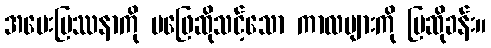
အမေးပြဿနာကို မဖြေဆိုသင့်သော ကာလများကို ပြဆိုခန်း။